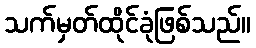
သက်မှတ်ထိုင်ခုံဖြစ်သည်။